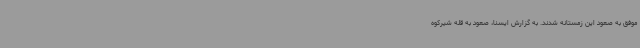
موفق به صعود این زمستانه شدند. به گزارش ایسنا، صعود به قله شیرکوه